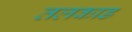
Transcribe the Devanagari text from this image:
तलकाड